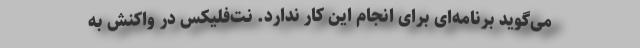
می‌گوید برنامه‌ای برای انجام این کار ندارد. نت‌فلیکس در واکنش به